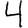
Digit: 4